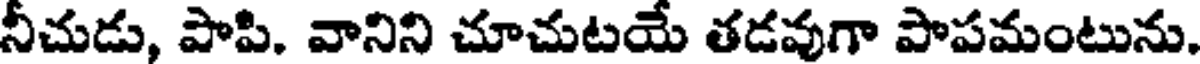
నీచుడు, పాపి. వానిని చూచుటయే తడవుగా పాపమంటును.